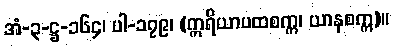
အံ-၃-ဋ္ဌ-၁၆၄၊ ပါ-၁၇၉၊ (ဣရိယာပထစက္က၊ ယာနစက္က)။